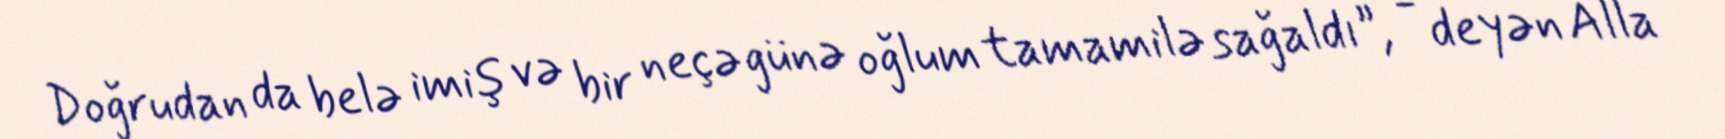
Doğrudan da belə imiş və bir neçə günə oğlum tamamilə sağaldı”, - deyən Alla